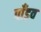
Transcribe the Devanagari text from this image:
पाँडव